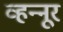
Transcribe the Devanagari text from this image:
व्हन्‍नूर